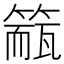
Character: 𥲁